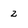
Character: 2